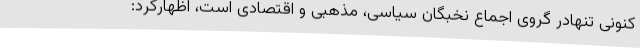
کنونی تنهادر گروی اجماع نخبگان سیاسی، مذهبی و اقتصادی است، اظهارکرد: